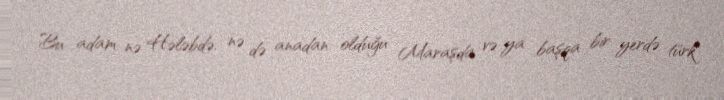
Bu adam nə Hələbdə, nə də anadan olduğu Maraşda və ya başqa bir yerdə türk